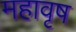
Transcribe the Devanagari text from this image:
महावृष